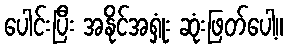
ပေါင်းပြီး အနိုင်အရှုံး ဆုံးဖြတ်ပေါ့။